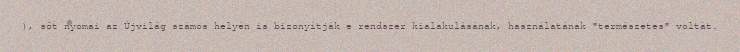
), sőt nyomai az Újvilág számos helyén is bizonyítják e rendszer kialakulásának, használatának "természetes" voltát.